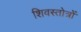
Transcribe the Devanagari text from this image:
शिवस्तोत्रों